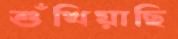
শুঁখিয়াছি